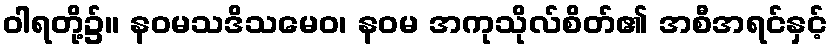
ဝါရတို့၌။ နဝမသဒိသမေဝ၊ နဝမ အကုသိုလ်စိတ်၏ အစီအရင်နှင့်